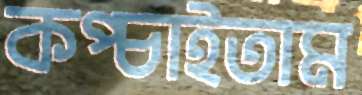
কপ্‌চাইতাম